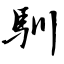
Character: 馴